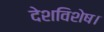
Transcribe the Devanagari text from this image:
देशविशेष।